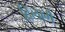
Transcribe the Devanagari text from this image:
दिलागे